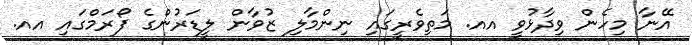
އޭނާ މިހެން ވިދާޅުވީ އއ. މަތިވެރީގައި ނިންމާލި ޒުވާން ލީޑަރުންގެ ފޯރަމްގައި އއ.